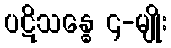
ပဋိသန္ဓေ ၄-မျိုး